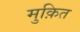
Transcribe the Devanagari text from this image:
मुक़ित